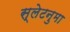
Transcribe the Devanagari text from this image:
स्लेटनुमा